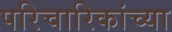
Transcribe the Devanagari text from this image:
परिचारिकांच्या